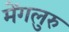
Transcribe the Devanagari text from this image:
मेंगलुरु